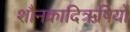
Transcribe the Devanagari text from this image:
शौनकादिऋषियों